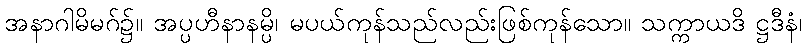
အနာဂါမိမဂ်၌။ အပ္ပဟီနာနမ္ပိ၊ မပယ်ကုန်သည်လည်းဖြစ်ကုန်သော။ သက္ကာယဒိ ဋ္ဌဒီနံ၊